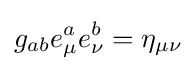
g_{ab}e_{\mu }^{a}e_{\nu }^{b}=\eta _{\mu \nu }